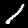
Digit: 1